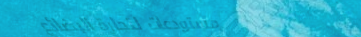
مستودعات لتجارة البضائع